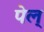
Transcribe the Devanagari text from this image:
पेल्